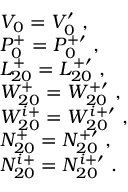
\begin{array} { r l } & { V _ { 0 } = V _ { 0 } ^ { \prime } ~ , } \\ & { P _ { 0 } ^ { + } = P _ { 0 } ^ { + \prime } ~ , } \\ & { L _ { 2 0 } ^ { + } = L _ { 2 0 } ^ { + \prime } ~ , } \\ & { W _ { 2 0 } ^ { + } = W _ { 2 0 } ^ { + \prime } ~ , } \\ & { W _ { 2 0 } ^ { i + } = W _ { 2 0 } ^ { i + \prime } ~ , } \\ & { N _ { 2 0 } ^ { + } = N _ { 2 0 } ^ { + \prime } ~ , } \\ & { N _ { 2 0 } ^ { i + } = N _ { 2 0 } ^ { i + \prime } ~ . } \end{array}